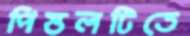
পিস্তলটিতে